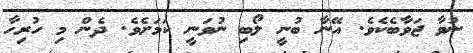
ނުވާ ޖަވާބެކެވެ. އޭނާ ބުނީ ލޯބި ނުވަނީ ކަމަށެވެ. ދެން މި ހުރިހާ